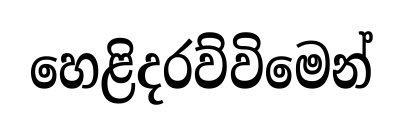
හෙළිදරව්විමෙන්